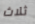
ثلاث